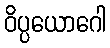
ဝိပ္ပယောဂေါ